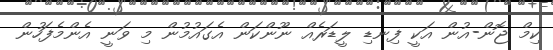
ކިމް ޖޮން-އުން އަކީ ފިނޑި ލީޑަރެއް ނޫންކަން އެގައުމުން މި ވަނީ އެންމެފަހުން